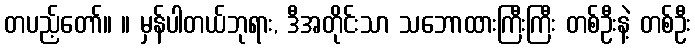
တပည့်တော်။ ။ မှန်ပါတယ်ဘုရား, ဒီအတိုင်းသာ သဘောထားကြီးကြီး တစ်ဦးနဲ့ တစ်ဦး